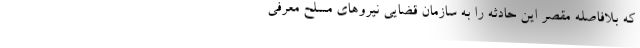
که بلافاصله مقصر این حادثه را به سازمان قضایی نیروهای مسلح معرفی